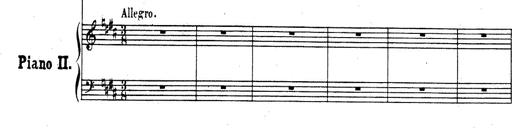
Title: Rhapsodie espagnole
Composer: Franz Liszt